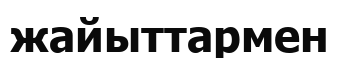
жайыттармен